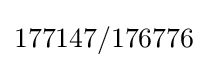
177147/176776